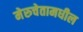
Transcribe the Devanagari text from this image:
मेरुचेतामधील